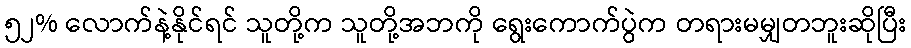
၅၂% လောက်နဲ့နိုင်ရင် သူတို့က သူတို့အဘကို ရွေးကောက်ပွဲက တရားမမျှတဘူးဆိုပြီး